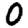
Digit: 0